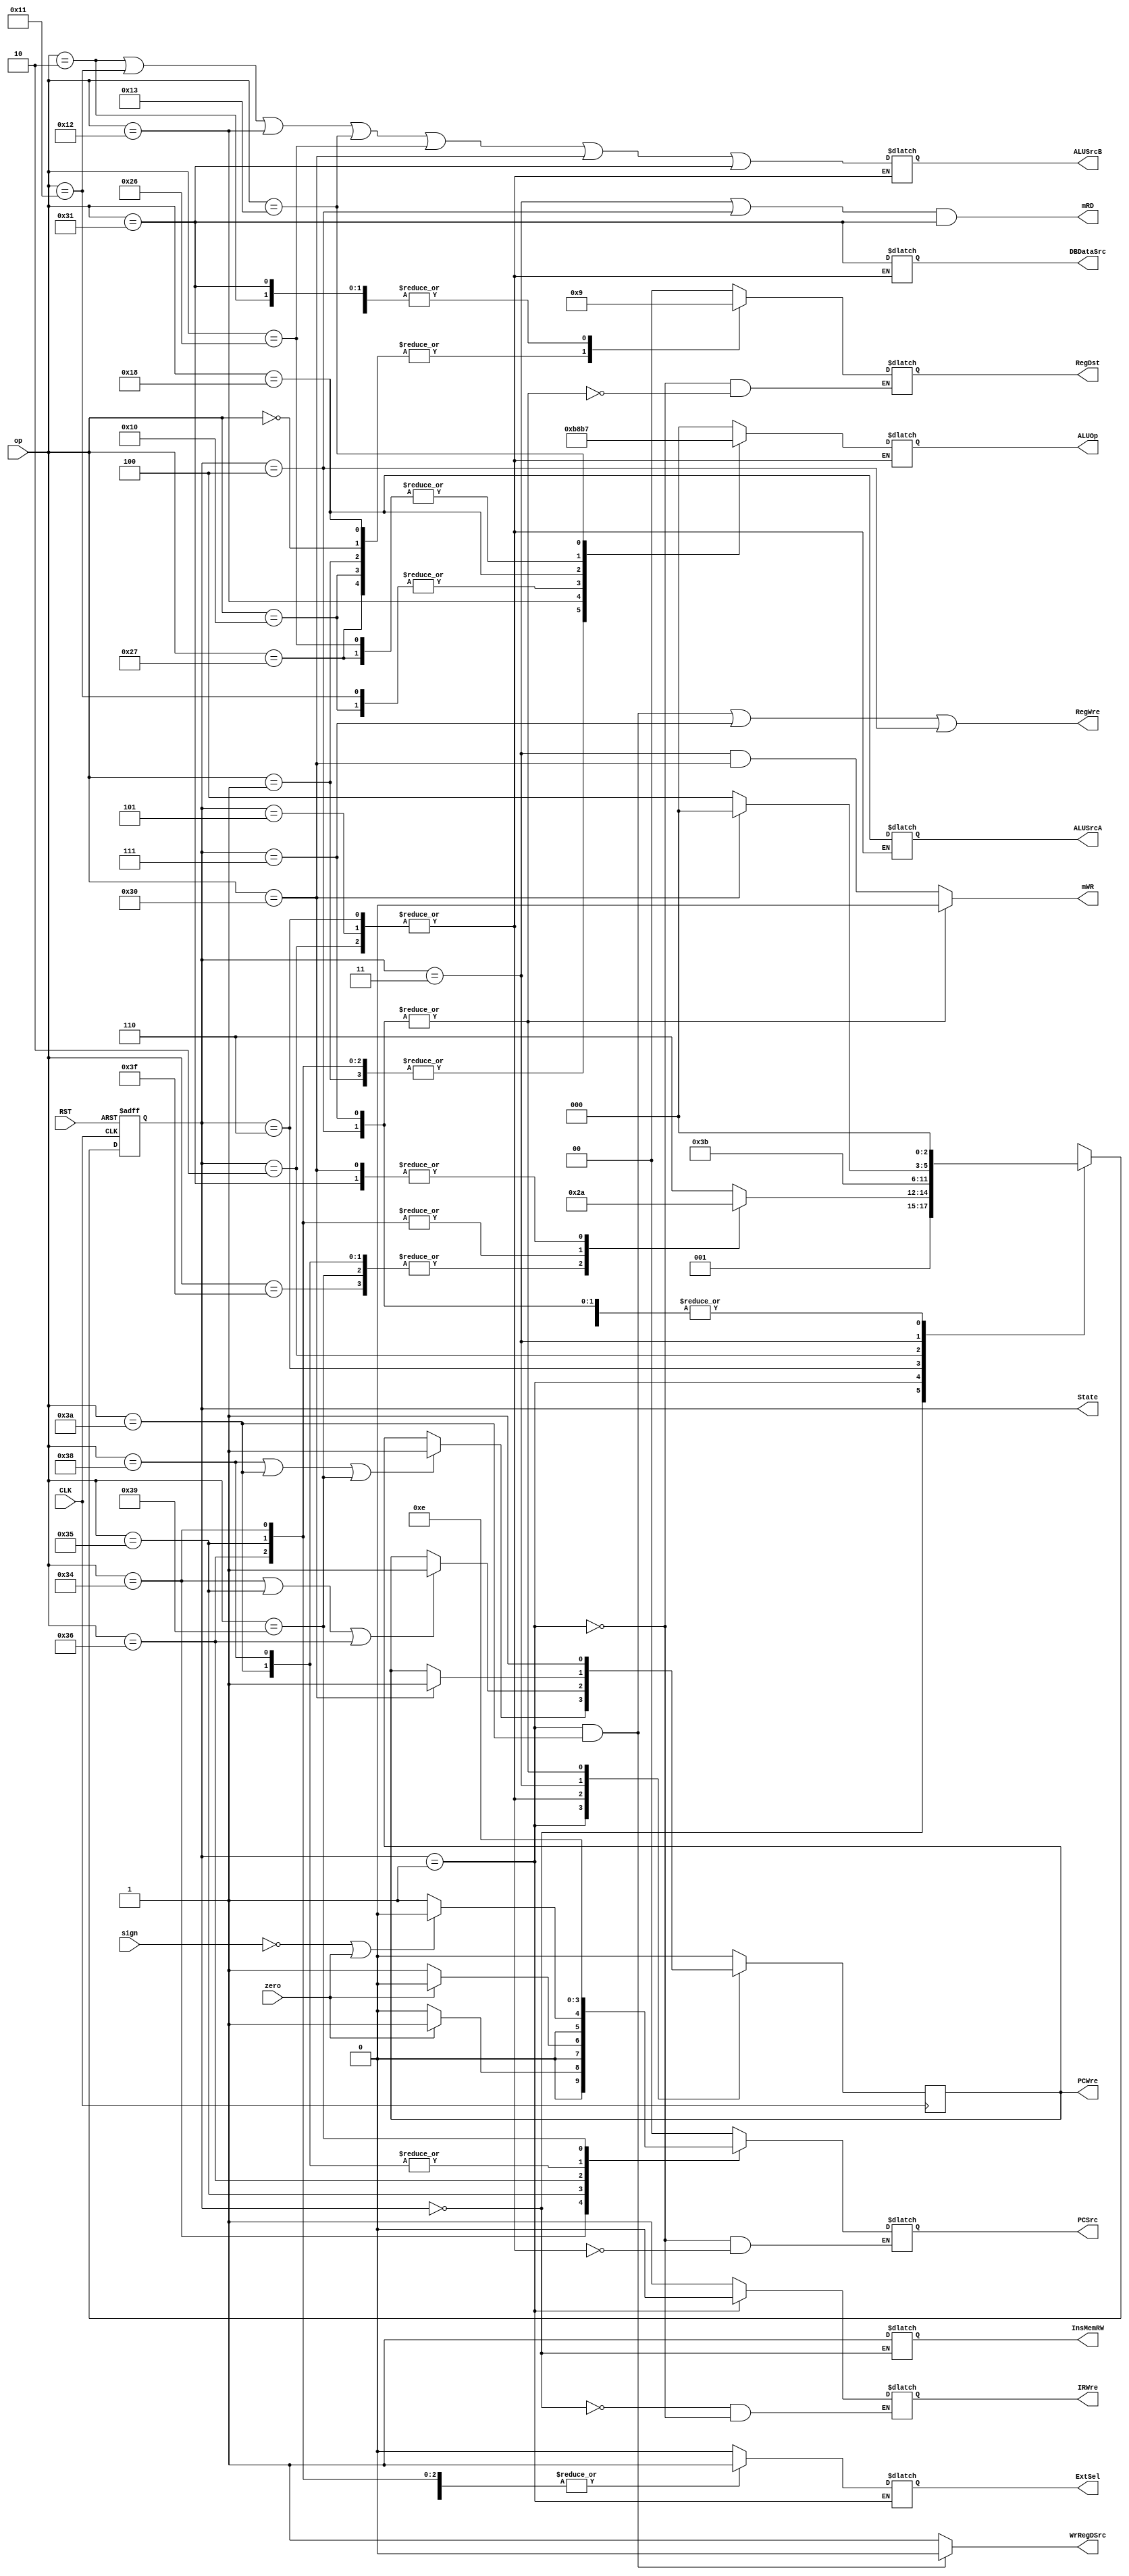
`timescale 1ns / 1ps

module CU(
	input [5:0] op,
	input CLK,
	input RST,
	input zero,
	input sign,

	output reg ExtSel,
	output reg PCWre,
	output reg IRWre,
	output reg InsMemRW,
	output reg WrRegDSrc,
	output reg RegWre,
	output reg ALUSrcA,
	output reg ALUSrcB,
	output reg mRD,
	output reg mWR,
	output reg DBDataSrc,
	output reg [2:0] ALUOp,
	output reg [1:0] RegDst,
	output reg [1:0] PCSrc,
	output reg [2:0] State
);

	`define OP_ADD 6'b000000
	`define OP_SUB 6'b000001
	`define OP_ADDIU 6'b000010
	`define OP_AND 6'b010000
	`define OP_ANDI 6'b010001
	`define OP_ORI 6'b010010
	`define OP_XORI 6'b010011
	`define OP_SLL 6'b011000
	`define OP_SLTI 6'b100110
	`define OP_SLT 6'b100111
	`define OP_SW 6'b110000
	`define OP_LW 6'b110001
	`define OP_BEQ 6'b110100
	`define OP_BNE 6'b110101
	`define OP_BLTZ 6'b110110
	`define OP_J 6'b111000
	`define OP_JR 6'b111001
	`define OP_JAL 6'b111010
	`define OP_HALT 6'b111111

	`define S_IF 3'b000
	`define S_ID 3'b001
	`define S_EXE_1 3'b110
	`define S_EXE_2 3'b101
	`define S_EXE_3 3'b010
	`define S_MEM 3'b011
	`define S_WB_1 3'b111
	`define S_WB_2 3'b100

	initial begin
		State = `S_IF;
		PCWre = 1;
		ALUSrcA = 0;
		ALUSrcB = 0;
		DBDataSrc = 0;
		RegWre = 1;
		WrRegDSrc = 1;
		InsMemRW = 0;
		mRD = 1;
		mWR = 1;
		IRWre = 0;
		ExtSel = 0;
		PCSrc = 2'b00;
		RegDst = 2'b10;
		ALUOp = 3'b000;
	end

  always @(posedge CLK or negedge RST) begin
		if (RST == 0) begin
			State <= `S_IF;
		end
		else begin
			case(State)
				`S_IF: State <= `S_ID;
				`S_ID:
					begin
						case(op)
							`OP_J, `OP_JAL, `OP_JR, `OP_HALT: State <= `S_IF;
							`OP_BEQ, `OP_BNE, `OP_BLTZ: State <= `S_EXE_2;
							`OP_SW, `OP_LW: State <= `S_EXE_3;
							default: State <= `S_EXE_1;
						endcase
					end
				`S_EXE_1: State <= `S_WB_1;
				`S_EXE_2: State <= `S_IF;
				`S_EXE_3: State <= `S_MEM;
				`S_MEM:
					begin
						State <= op == `OP_SW ? `S_IF : `S_WB_2;
					end
				`S_WB_1: State <= `S_IF;
				`S_WB_2: State <= `S_IF;
			endcase
		end
	end

	always @(negedge CLK) begin
		case (State)
      `S_ID: begin
        if (op == `OP_J || op == `OP_JAL || op == `OP_JR)  PCWre <= 1;
      end

      `S_EXE_1, `S_EXE_2, `S_EXE_3: begin
        if (op == `OP_BEQ || op == `OP_BNE || op == `OP_BLTZ)  PCWre <= 1;
      end
      
      `S_MEM: begin
        if (op == `OP_SW)  PCWre <= 1;
      end
      
      `S_WB_1, `S_WB_2: PCWre <= 1;
      
      default:  PCWre <= 0;
    endcase
	end

	always @(State or zero or sign or op or RST) begin
		RegWre = (State == `S_ID && op == `OP_JAL) || State == `S_WB_1 || State == `S_WB_2;
		WrRegDSrc = State == `S_ID && op == `OP_JAL ? 0 : 1;
		mRD = (State == `S_MEM || State == `S_WB_2) && op == `OP_LW;
		mWR = State == `S_MEM && op == `OP_SW;

		case (State)
			`S_IF:
				begin
					IRWre <= 1;
					InsMemRW <= 1;
				end
			`S_ID:
				begin
					IRWre <= 0;

					case(op)
						`OP_ADDIU, `OP_ORI, `OP_XORI, `OP_SW, `OP_LW, `OP_BEQ, `OP_BNE, `OP_BLTZ: ExtSel <= 1;
						default: ExtSel <= 0;
					endcase

					case(op)
						`OP_BEQ: PCSrc <= zero == 0 ? 2'b00 : 2'b01;
						`OP_BNE: PCSrc <= zero != 0 ? 2'b00 : 2'b01;
						`OP_BLTZ: PCSrc <= (sign == 0 | zero == 1) ? 2'b00 : 2'b01;
						`OP_J, `OP_JAL: PCSrc <= 2'b11;
						`OP_JR: PCSrc <= 2'b10;
						default: PCSrc <= 2'b00;
					endcase

					case(op)
						`OP_ADD, `OP_SUB, `OP_AND, `OP_SLT, `OP_SLL: RegDst <= 2'b10;
						`OP_ADDIU, `OP_ANDI, `OP_ORI, `OP_XORI, `OP_SLTI, `OP_LW: RegDst <= 2'b01;
						default: RegDst <= 2'b00;
					endcase
				end
			`S_EXE_1, `S_EXE_2, `S_EXE_3:
				begin
					ALUSrcA <= op == `OP_SLL;
					ALUSrcB <= op == `OP_ADDIU || op == `OP_ANDI || op == `OP_ORI || op == `OP_XORI || op == `OP_SLTI || op == `OP_SW || op == `OP_LW;

					case(op)
						`OP_BEQ: PCSrc <= zero == 0 ? 2'b00 : 2'b01;
						`OP_BNE: PCSrc <= zero != 0 ? 2'b00 : 2'b01;
						`OP_BLTZ: PCSrc <= (sign == 0 | zero == 1) ? 2'b00 : 2'b01;
						`OP_J, `OP_JAL: PCSrc <= 2'b11;
						`OP_JR: PCSrc <= 2'b10;
						default: PCSrc <= 2'b00;
					endcase

					case(op)
						`OP_SUB, `OP_BEQ, `OP_BNE, `OP_BLTZ: ALUOp = 3'b001;
						`OP_ORI: ALUOp = 3'b011;
						`OP_AND, `OP_ANDI: ALUOp = 3'b100;
						`OP_SLL: ALUOp = 3'b010;
						`OP_SLT, `OP_SLTI: ALUOp = 3'b110;
						`OP_XORI: ALUOp = 3'b111;
						default: ALUOp = 3'b000;
					endcase

					DBDataSrc <= op == `OP_LW;
				end
			`S_WB_1, `S_WB_2:
				begin
					mWR <= 0;

					case(op)
						`OP_ADD, `OP_SUB, `OP_AND, `OP_SLT, `OP_SLL: RegDst <= 2'b10;
						`OP_ADDIU, `OP_ANDI, `OP_ORI, `OP_XORI, `OP_SLTI, `OP_LW: RegDst <= 2'b01;
						default: RegDst <= 2'b00;
					endcase
				end
		endcase
	end

endmodule